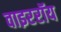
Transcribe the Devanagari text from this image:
वाइररॉय